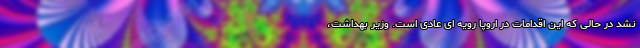
نشد در حالی که این اقدامات در اروپا رویه ای عادی است. وزیر بهداشت،